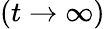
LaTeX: (t\to\infty)